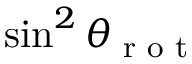
\sin ^ { 2 } \theta _ { \textrm { r o t } }